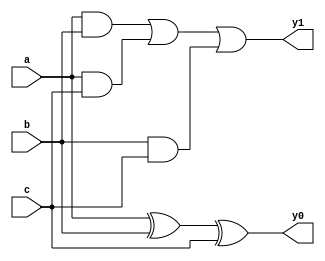
`timescale 1ns/1ns
module oc3ASS (input a,b,c , output y0 , y1);
  assign #(15,21) y0 = a^b^c ;
  assign #(15,14) y1 = a&b|a&c|b&c;
endmodule